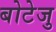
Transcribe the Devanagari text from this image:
बोटेजु